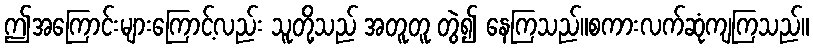
ဤအကြောင်းများကြောင့်လည်း သူတို့သည် အတူတူ တွဲ၍ နေကြသည်။စကားလက်ဆုံကျကြသည်။